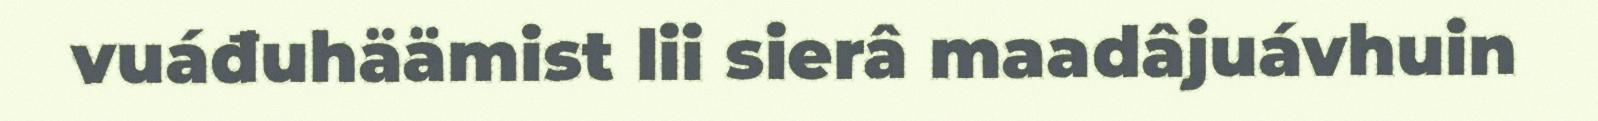
vuáđuhäämist lii sierâ maadâjuávhuin